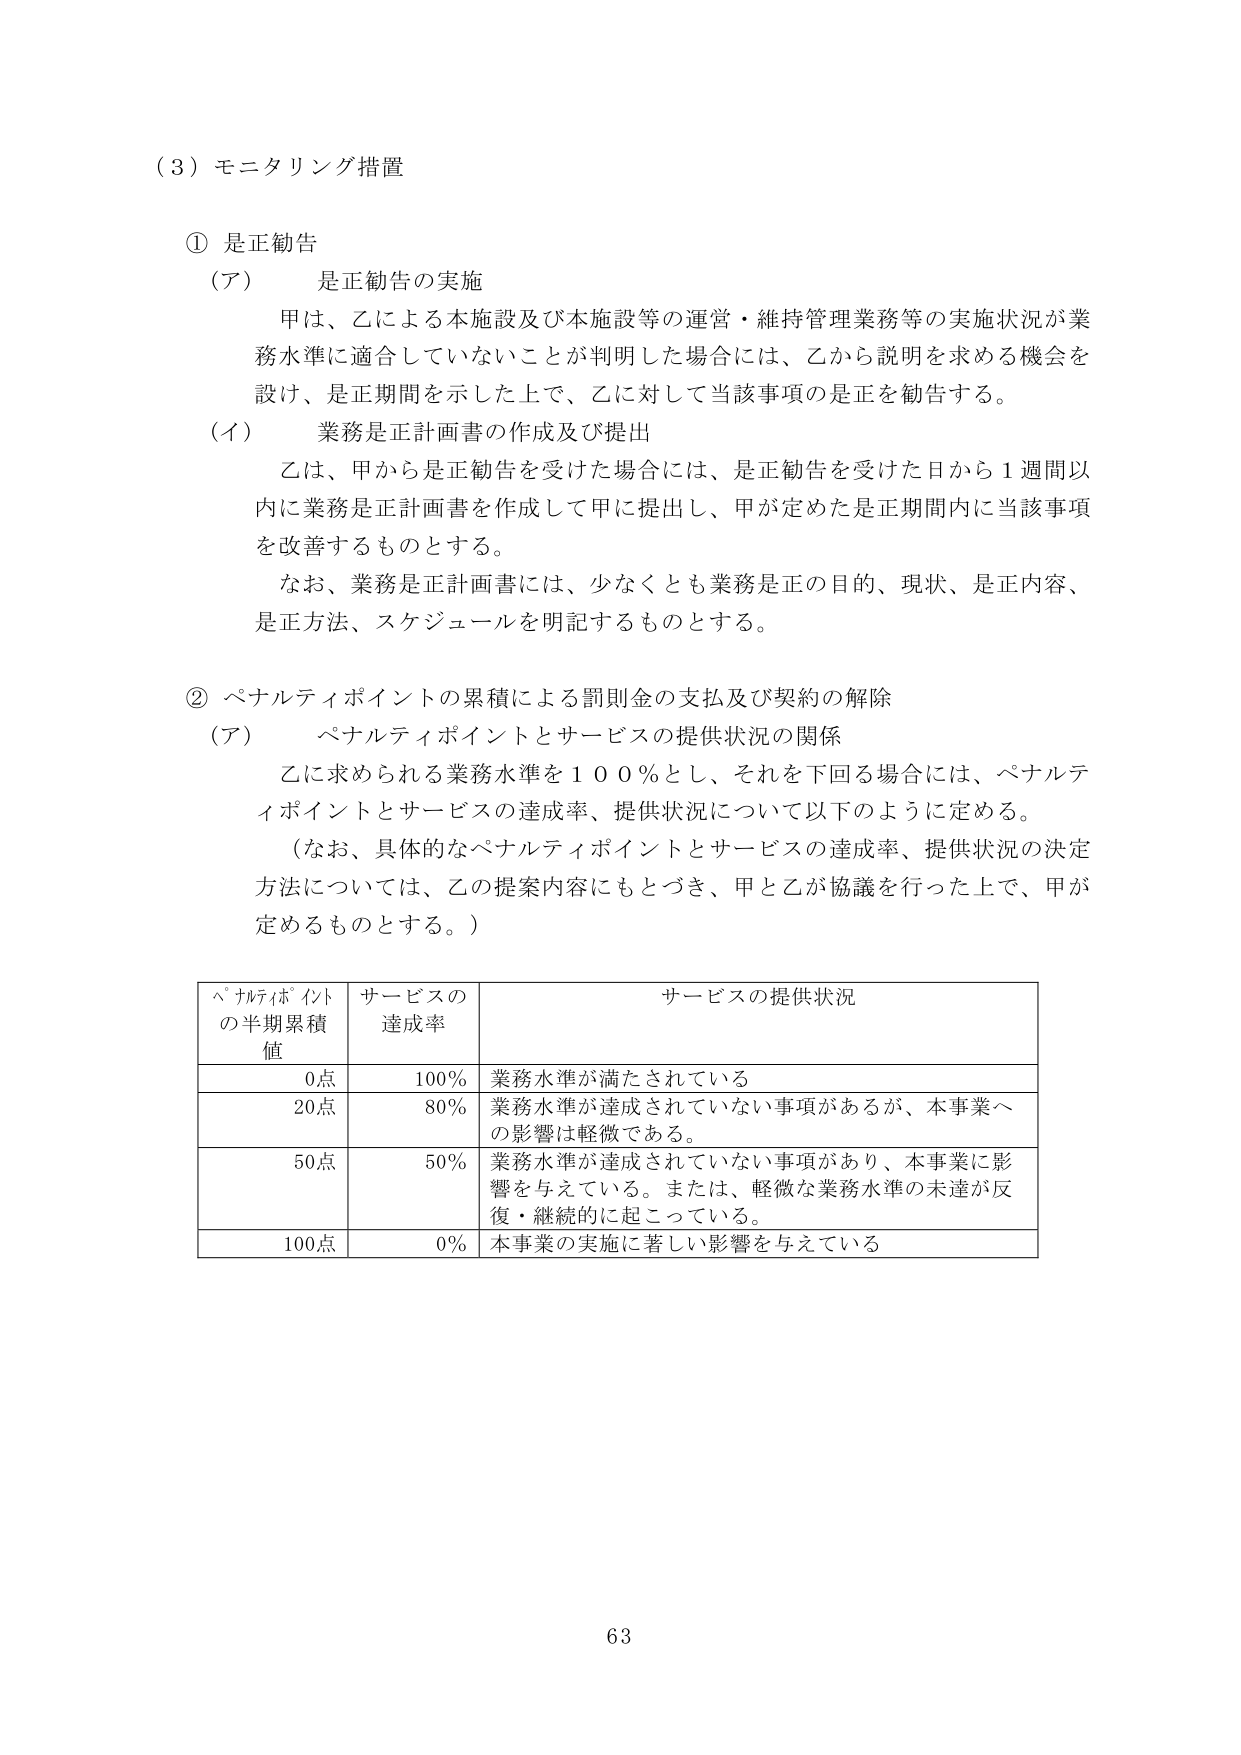
（３）モニタリング措置

① 是正勧告
（ア） 是正勧告の実施
　　甲は、乙による本施設及び本施設等の運営・維持管理業務等の実施状況が業務水準に適合していないことが判明した場合には、乙から説明を求める機会を設け、是正期間を示した上で、乙に対して当該事項の是正を勧告する。
（イ） 業務是正計画書の作成及び提出
　　乙は、甲から是正勧告を受けた場合には、是正勧告を受けた日から１週間以内に業務是正計画書を作成して甲に提出し、甲が定めた是正期間内に当該事項を改善するものとする。
　　なお、業務是正計画書には、少なくとも業務是正の目的、現状、是正内容、是正方法、スケジュールを明記するものとする。

② ペナルティポイントの累積による罰則金の支払及び契約の解除
（ア） ペナルティポイントとサービスの提供状況の関係
　　乙に求められる業務水準を１００％とし、それを下回る場合には、ペナルティポイントとサービスの達成率、提供状況について以下のように定める。
　　（なお、具体的なペナルティポイントとサービスの達成率、提供状況の決定方法については、乙の提案内容にもとづき、甲と乙が協議を行った上で、甲が定めるものとする。）

ペナルティポイントの半期累積値　サービスの達成率　サービスの提供状況
0点　　　　　　　　　　　　　　100％　　　　　業務水準が満たされている
20点　　　　　　　　　　　　　　80％　　　　　業務水準が達成されていない事項があるが、本事業への影響は軽微である。
50点　　　　　　　　　　　　　　50％　　　　　業務水準が達成されていない事項があり、本事業に影響を与えている。または、軽微な業務水準の未達が反復・継続的に起こっている。
100点　　　　　　　　　　　　　　0％　　　　　本事業の実施に著しい影響を与えている

63